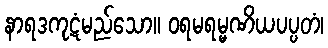
နာရဒကုဋံမည်သော။ ဝရမရမ္မဏိယပပ္ပတံ၊